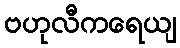
ဗဟုလီကရေယျ